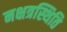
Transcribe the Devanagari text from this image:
नक्षत्रस्थिति